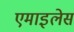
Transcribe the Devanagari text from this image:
एमाइलेस